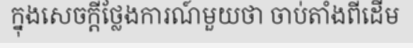
ក្នុងសេចក្តីថ្លែងការណ៍មួយថា ចាប់តាំងពីដើម